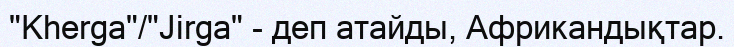
"Kherga"/"Jirga" - деп атайды, Африкандықтар.